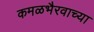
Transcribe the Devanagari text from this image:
कमळभैरवाच्या